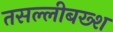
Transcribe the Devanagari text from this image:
तसल्लीबख्श